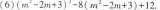
(6)$$( m ^ { 2 } - 2 m + 3 ) ^ { 3 } - 8 ( m^ { 2 } - 2 x + 3 ) + 1 2$$